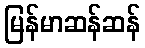
မြန်မာဆန်ဆန်